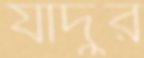
যাদুর